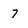
Character: 7